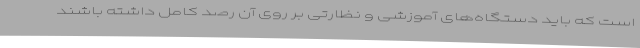
است که باید دستگاه‌های آموزشی و نظارتی بر روی آن رصد کامل داشته باشند